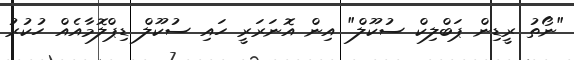
"ނޯތު ރީޑިން ޕަބްލިކް ސުކޫލް" އިން އޮނަރަރީ ހައި ސުކޫލް ޑިޕްލޮމާއެއް ހުކުރު